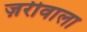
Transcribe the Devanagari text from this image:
ज़रीवाला